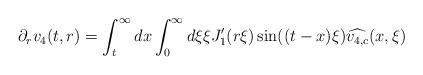
LaTeX: \begin{align*} \partial_{r}v_{4}(t,r) = \int_{t}^{\infty} dx \int_{0}^{\infty} d\xi \xi J_{1}'(r\xi) \sin((t-x)\xi) \widehat{v_{4,c}}(x,\xi)\end{align*}